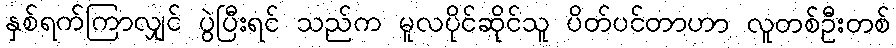
နှစ်ရက်ကြာလျှင် ပွဲပြီးရင် သည်က မူလပိုင်ဆိုင်သူ ပိတ်ပင်တာဟာ လူတစ်ဦးတစ်